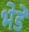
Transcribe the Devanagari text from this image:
भेडें